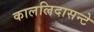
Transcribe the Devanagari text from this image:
काललिदासन्टे